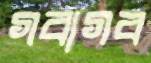
গবাগব